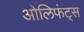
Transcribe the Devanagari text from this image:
ओलिफंट्स